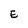
Character: E